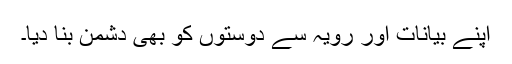
اپنے بیانات اور رویہ سے دوستوں کو بھی دشمن بنا دیا۔